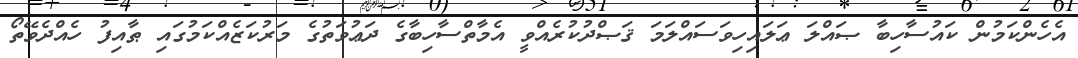
އެހެންކަމުން ކައުސާހިބާ ޞައްލަ ޢަލައިހިވަސައްލަމަ ޤަޞްދުކުރެއްވީ އެމާތްސާހިބާގެ ދަޢުވަތުގެ މަރުކަޒެއްކަމުގައި ޠާއިފު ހެއްދެވޭތޯ